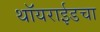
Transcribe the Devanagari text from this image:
थॉयराईडचा